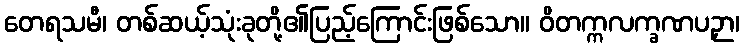
တေရသမီ၊ တစ်ဆယ့်သုံးခုတို့၏ပြည့်ကြောင်းဖြစ်သော။ ဝိတက္ကလက္ခဏပဉှာ၊